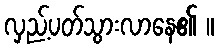
လှည့်ပတ်သွားလာနေ၏ ။